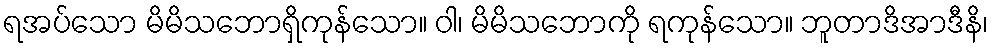
ရအပ်သော မိမိသဘောရှိကုန်သော။ ဝါ၊ မိမိသဘောကို ရကုန်သော။ ဘူတာဒိအာဒီနိ၊